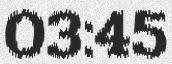
03:45